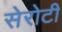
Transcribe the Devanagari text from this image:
सेरोटी